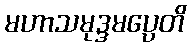
မဟာသမုဒ္ဒမပ္ပေတိ